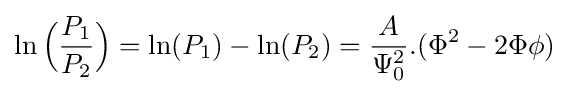
\ln {\Big (}{\frac {P_{1}}{P_{2}}}{\Big )}=\ln(P_{1})-\ln(P_{2})={\frac {A}{\Psi _{0}^{2}}}.(\Phi ^{2}-2\Phi \phi )